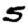
Digit: 5